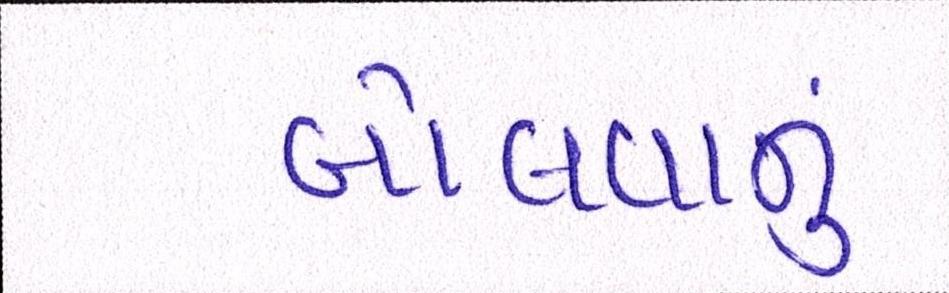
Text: બોલવાનું